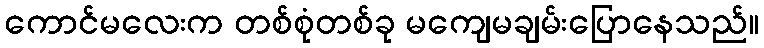
ကောင်မလေးက တစ်စုံတစ်ခု မကျေမချမ်းပြောနေသည်။